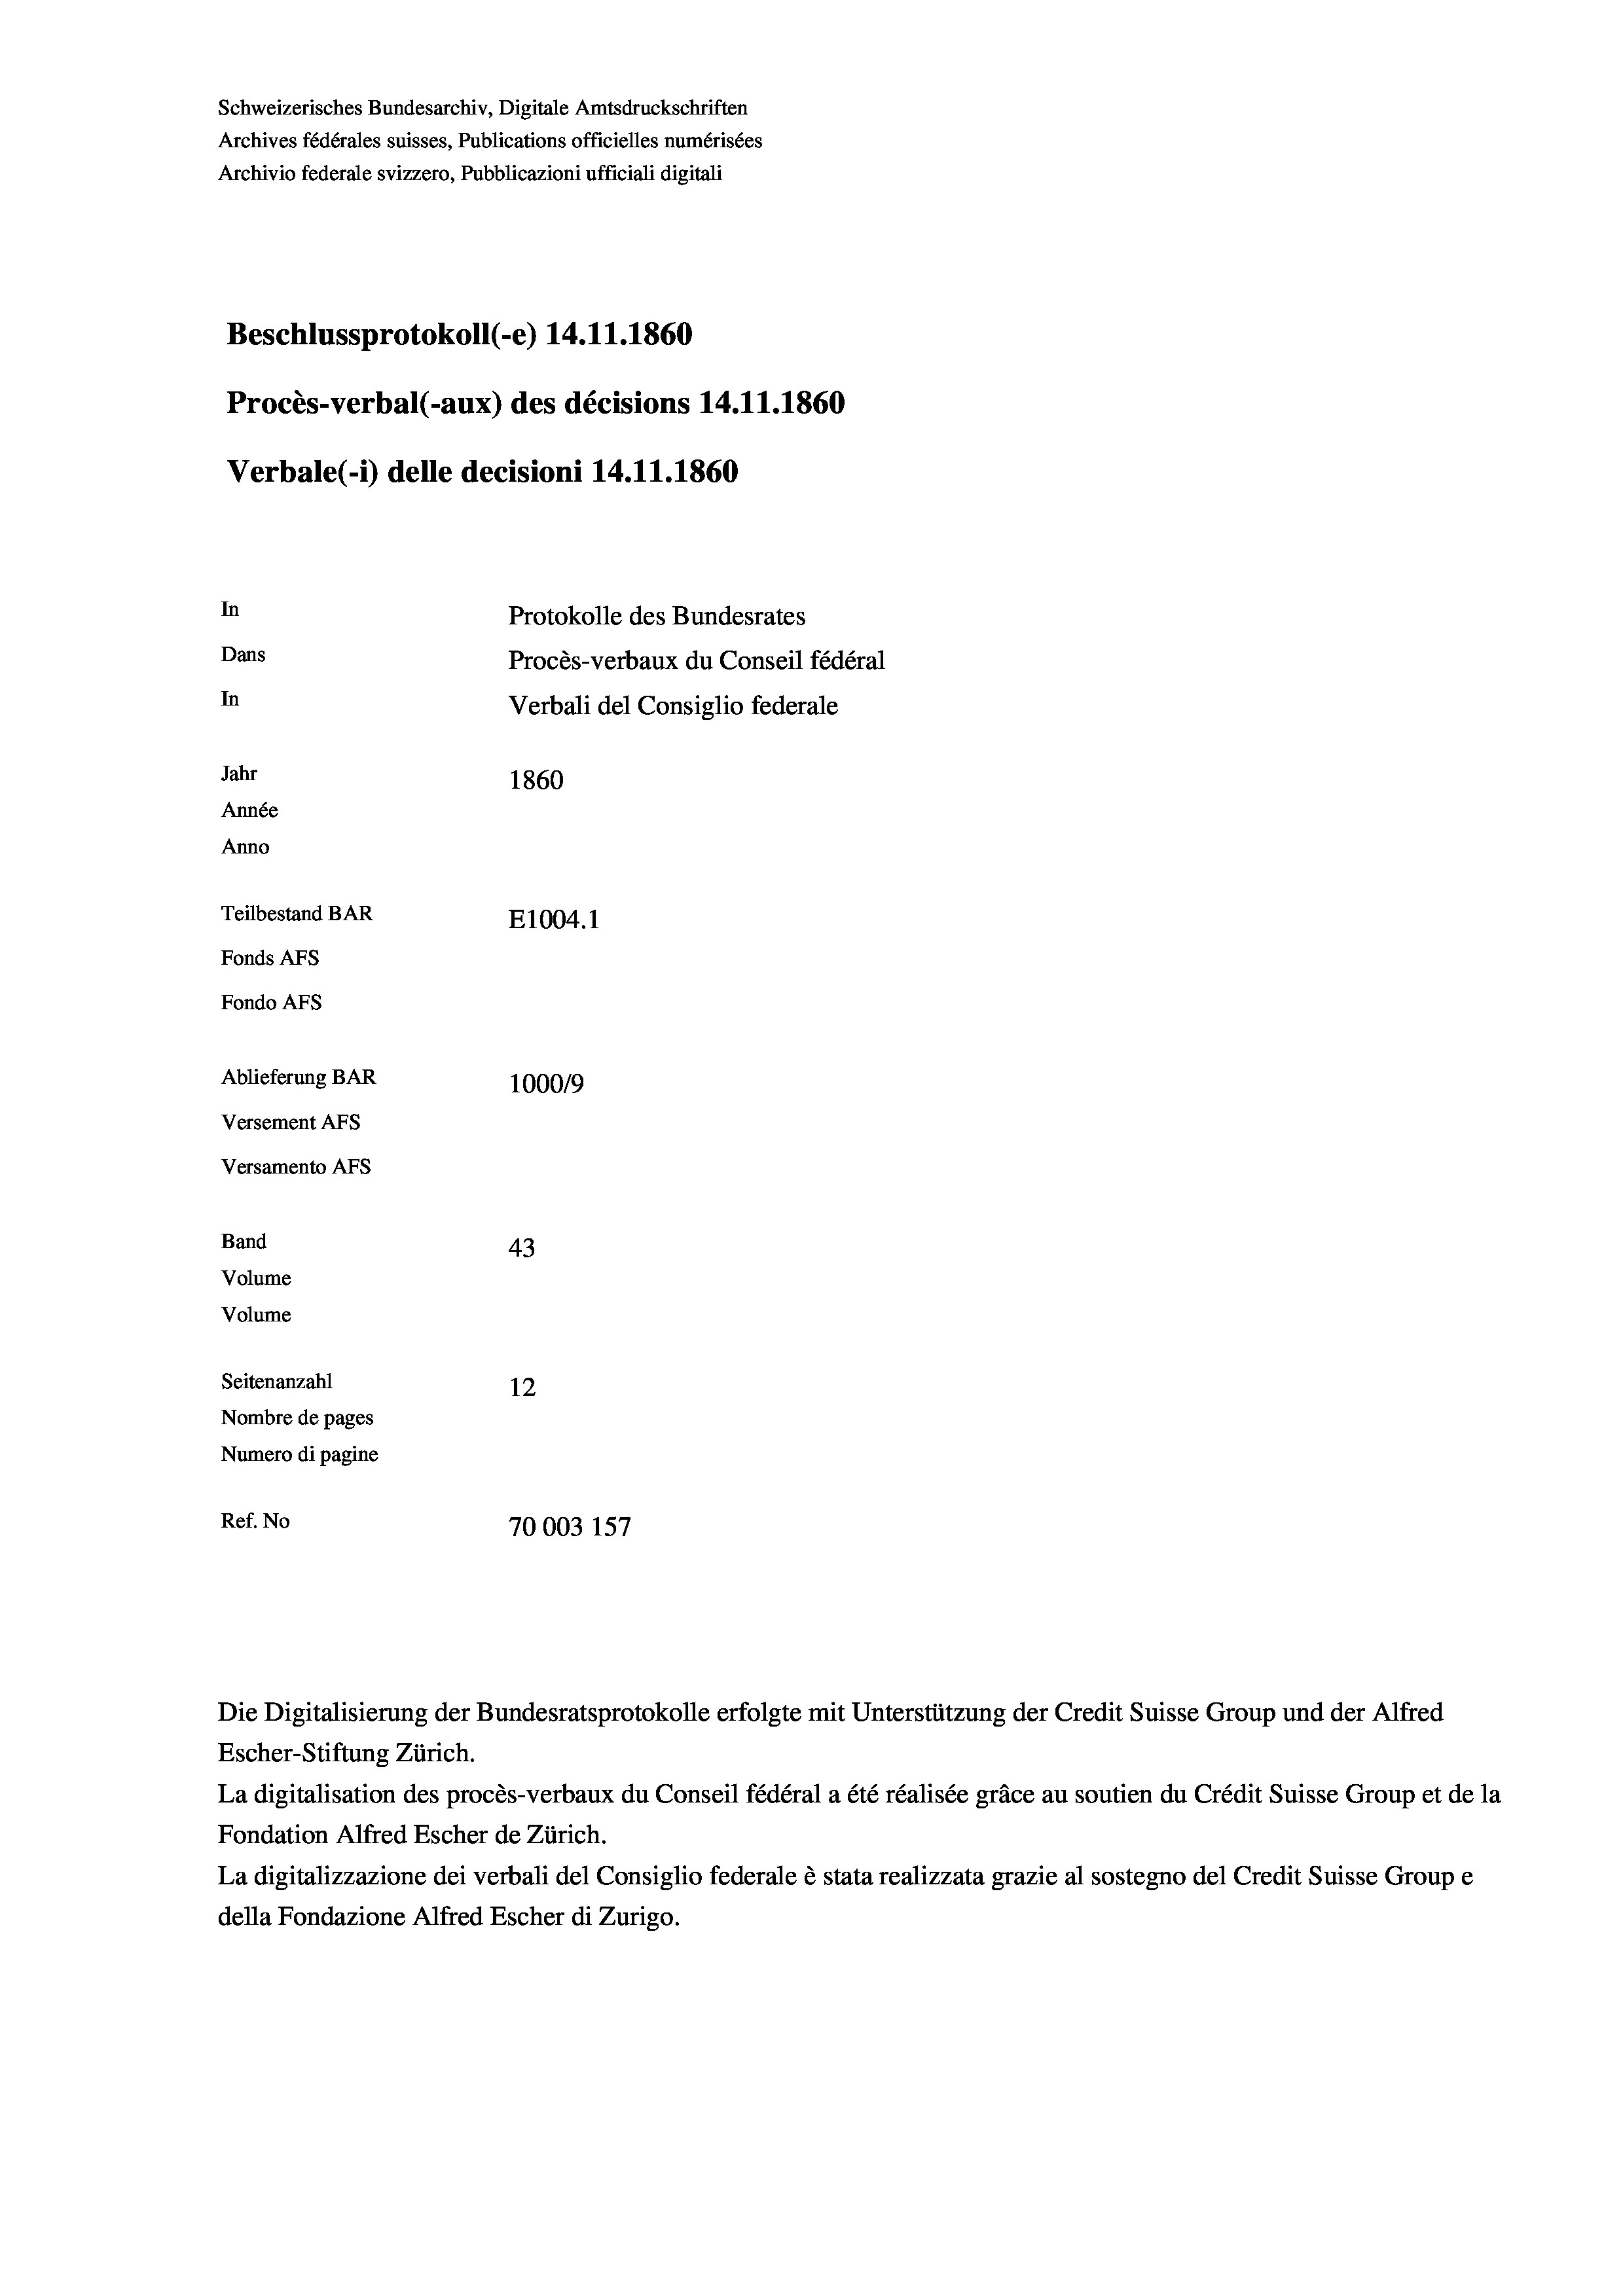
Schweizerisches Bundesarchiv, Digitale Amtsdruckschriften
Archives fédérales suisses, Publications officielles numérisées
Archivio federale svizzero, Pubblicazioni ufficiali digitali
Beschlussprotokoll (-e) 14.11.1860
Procès-verbal (-aux) des décisions 14.11.1860
Verbale (-*) delle decisioni 14.11.1860
In
Protokolle des Bundesrates
Dans
Procès-verbaux du Conseil fédéral
In
Verbali del Consiglio federale
Jahr
1860
Année
Anno
Teilbestand BAR
E1004. 1
Fonds AFs
Fondo AFs
Ablieferung BAR
100019
Versement Abs
Versamento Afs
Band
43
Volume
Volume

Seitenanzahl
12
Nombre de pages
Numero di pagine
Ref. No
70003 157

Escher-Stiftung Zürich.
La digitalisation des procès-verbaux du Conseil fédéral a été réalisée gräce au soutien du Crédit Suisse Group et de la
Fondation Alfred Escher de Zürich.
La digitalizzazione dei verbali del Consiglio federale è stata realizzata grazie al sostegno del Credit Suisse Groupe
della Fondazione Alfred Escher di Zurigo.

Die Digitalisierung der Bundesratsprotokolle erfolgte mit Unterstützung der Credit Suisse Group und der Alfred